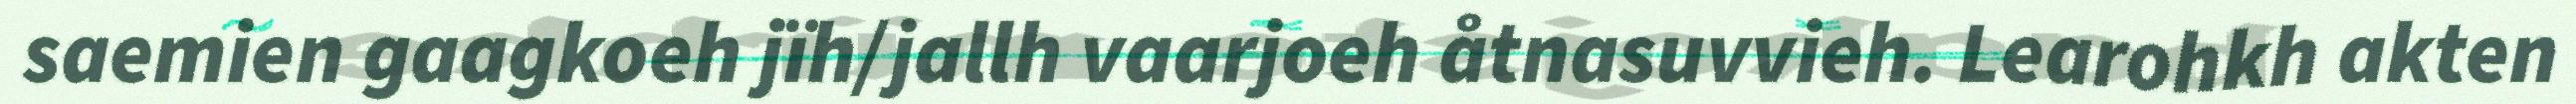
saemien gaagkoeh jïh/jallh vaarjoeh åtnasuvvieh. Learohkh akten